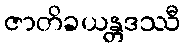
ဇာတိခယန္တဒဿီ